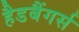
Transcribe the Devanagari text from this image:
हैडबैंगर्स